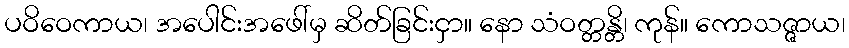
ပဝိဝေကာယ၊ အပေါင်းအဖေါ်မှ ဆိတ်ခြင်းငှာ။ နော သံဝတ္တန္တိ၊ ကုန်။ ကောသဇ္ဇာယ၊